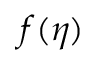
f ( \eta )